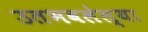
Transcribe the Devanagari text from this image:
उतभवलेल्या